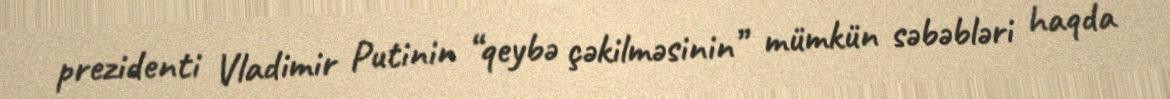
prezidenti Vladimir Putinin “qeybə çəkilməsinin” mümkün səbəbləri haqda